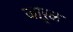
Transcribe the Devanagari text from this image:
जारूळ